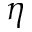
\eta